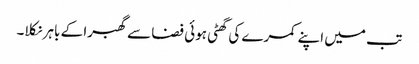
تب میں اپنے کمرے کی گھٹی ہوئی فضا سے گھبرا کے باہر نکلا۔